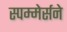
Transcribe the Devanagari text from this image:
स्पम्मेर्सने